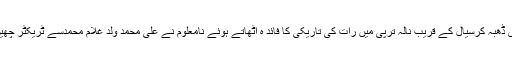
لاوہ سے ملحقہ آبادی ڈھبہ کرسیال کے قریب نالہ ترپی میں رات کی تاریکی کا فائد ہ اٹھاتے ہوئے نامعلوم نے علی محمد ولد غلام محمدسے ٹریکٹر چھین کر فرار ہو گئے ۔